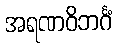
အရဏဝိဘင်္ဂံ